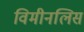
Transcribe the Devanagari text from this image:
विमीनलिस